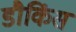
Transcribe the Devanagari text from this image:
डौकिंस